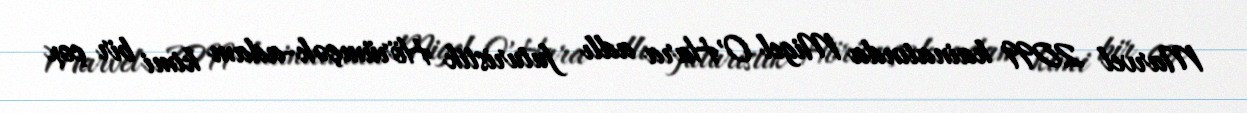
Marvel 2099 kainatında Migel O'Hara adlı futuristik Hörümçək-adam kimi bir çox